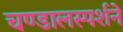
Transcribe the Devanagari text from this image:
चण्डालस्पर्शने